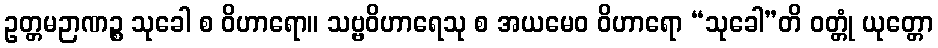
ဥတ္တမဉာဏဉ္စ သုခေါ စ ဝိဟာရော။ သဗ္ဗဝိဟာရေသု စ အယမေဝ ဝိဟာရော “သုခေါ”တိ ဝတ္တုံ ယုတ္တော